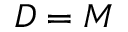
D = M